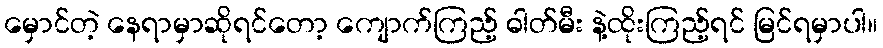
မှောင်တဲ့ နေရာမှာဆိုရင်တော့ ကျောက်ကြည့် ဓါတ်မီး နဲ့ထိုးကြည့်ရင် မြင်ရမှာပါ။